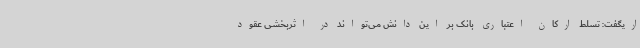
اریگفت: تسلط ارکان اعتباری بانک بر این دانش می‌تواند در اثربخشی عقود